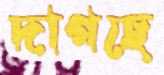
দাগছে